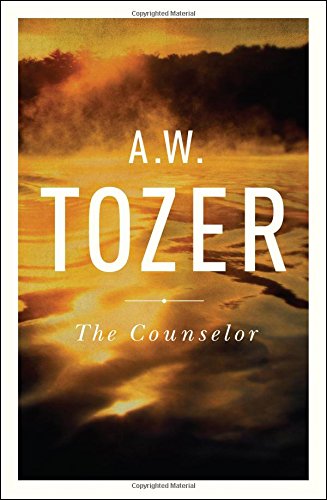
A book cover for The Counselor: Straight Talk About the Holy Spirit; A. W. Tozer; Christian Books & Bibles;